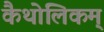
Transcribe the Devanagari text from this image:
कैथोलिकम्